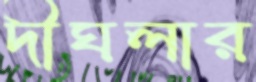
দীঘলার